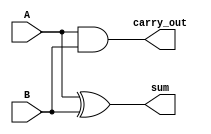
module HA
(
input wire A,
input wire B,
output reg sum,
output reg carry_out
);

always@ (*)
begin
	sum = A^B;
	carry_out = A & B;
end

endmodule